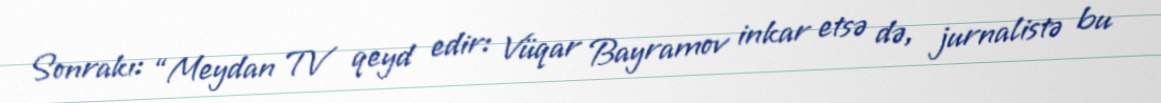
Sonrakı: “Meydan TV qeyd edir: Vüqar Bayramov inkar etsə də, jurnalistə bu